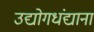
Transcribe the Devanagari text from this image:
उद्योगधंद्याना